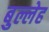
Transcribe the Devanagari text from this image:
बुल्लेह